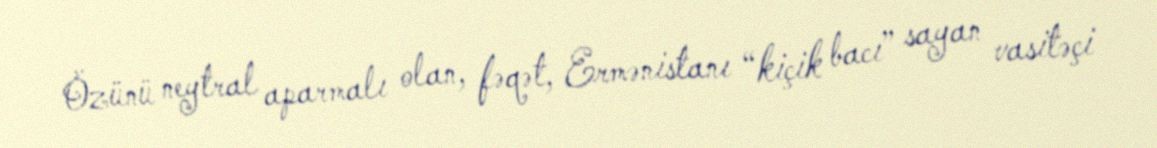
Özünü neytral aparmalı olan, fəqət, Ermənistanı “kiçik bacı” sayan vasitəçi